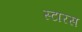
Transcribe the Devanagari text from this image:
स्टारस